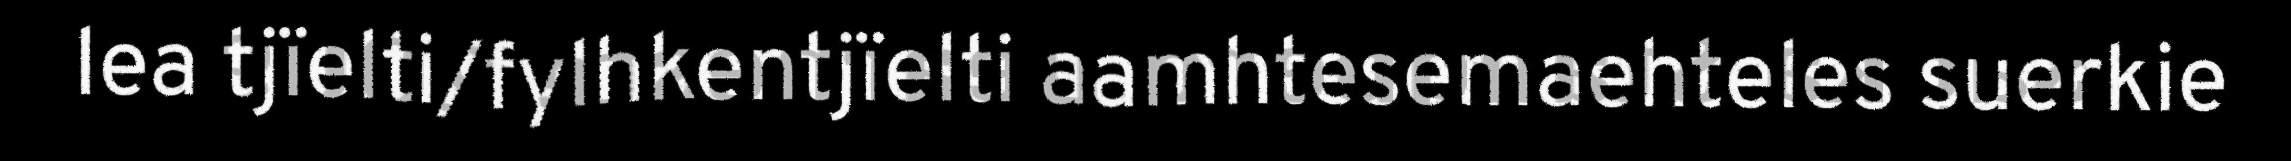
lea tjïelti/fylhkentjïelti aamhtesemaehteles suerkie